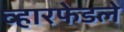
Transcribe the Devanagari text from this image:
व्ह़ारफेडले